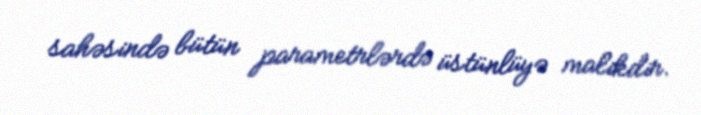
sahəsində bütün parametrlərdə üstünlüyə malikdir.